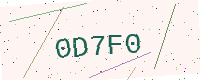
Text: 0D7F0